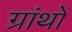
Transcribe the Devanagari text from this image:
ग्रांथों